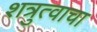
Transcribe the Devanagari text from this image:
शत्रुत्वाचा